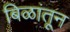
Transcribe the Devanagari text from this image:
बिळांतून